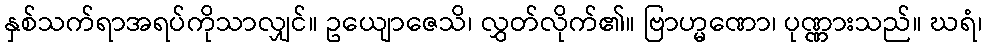
နှစ်သက်ရာအရပ်ကိုသာလျှင်။ ဥယျောဇေသိ၊ လွှတ်လိုက်၏။ ဗြာဟ္မဏော၊ ပုဏ္ဏားသည်။ ဃရံ၊